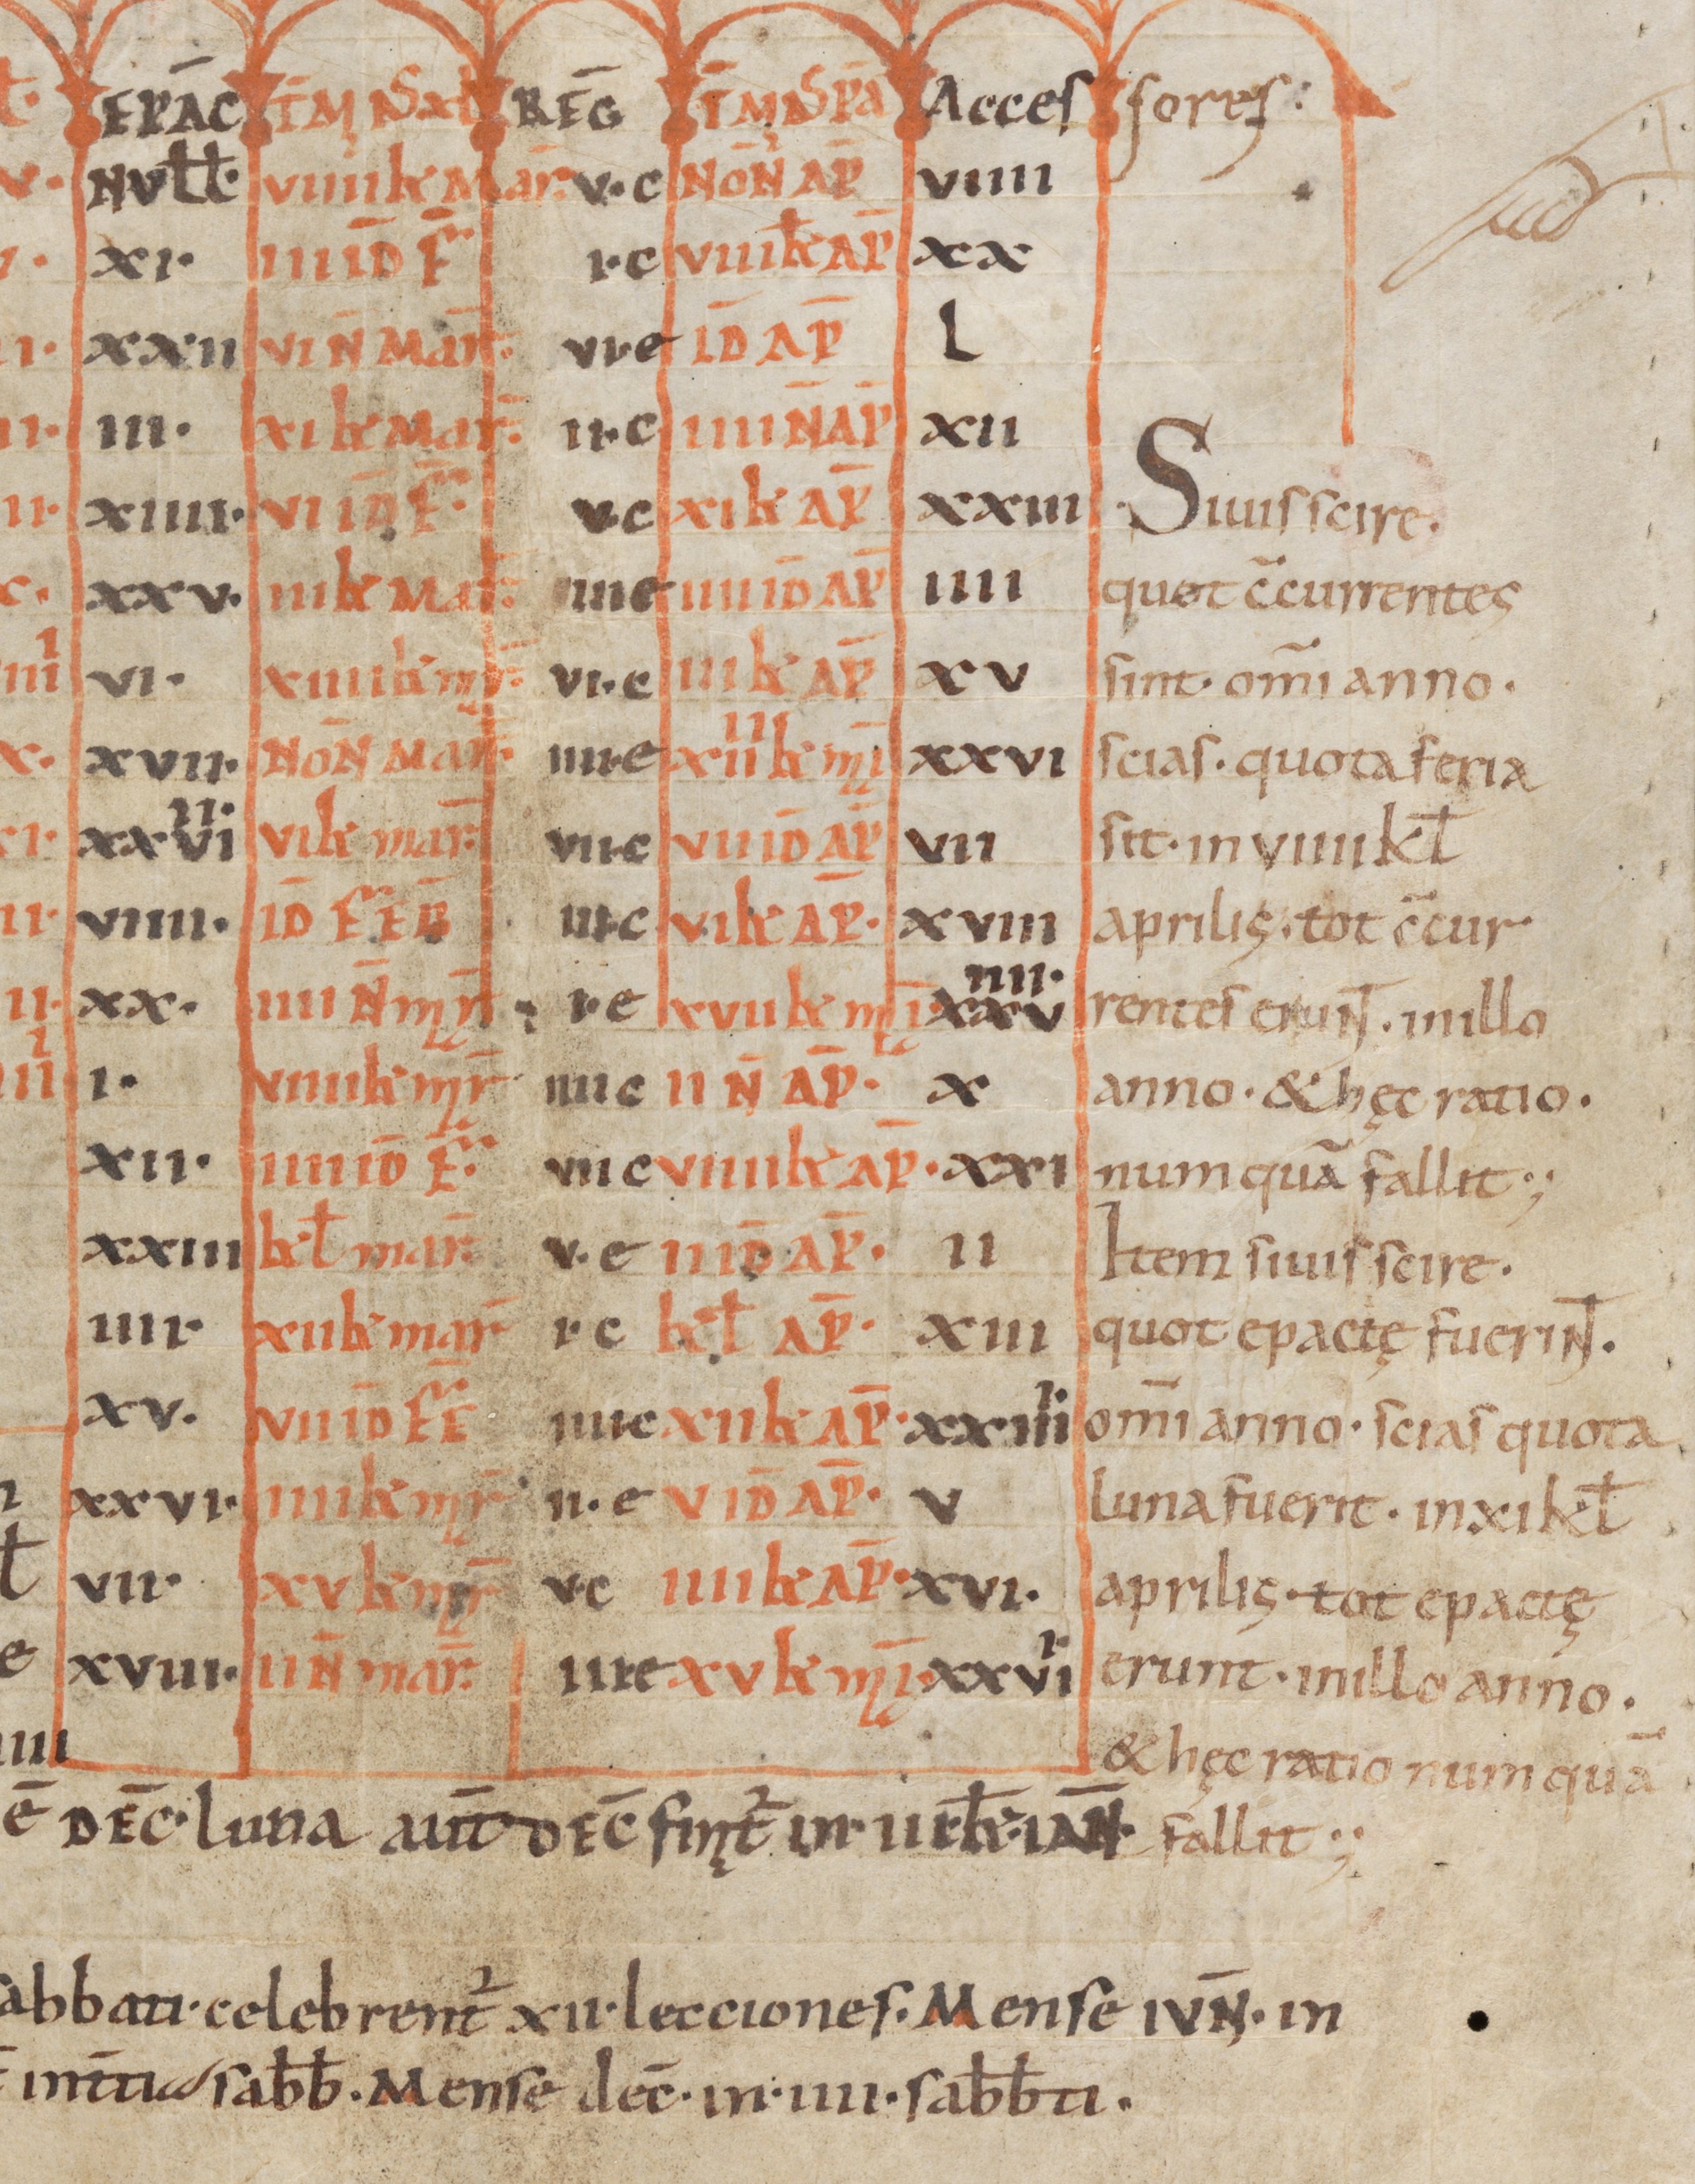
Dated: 800–1299